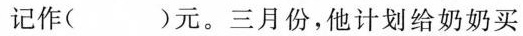
记作( )元。三月份，他计划给奶奶买